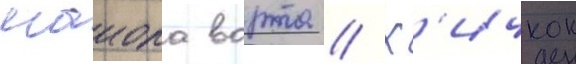
маиора ворта // Х'ичкок